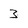
Character: 3